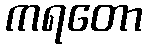
ကရတော